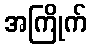
အကြိုက်